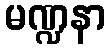
မဏ္ဍနာ